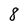
Character: 8